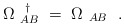
\begin{align*}\Omega^{~~\dagger}_{~AB} ~=~ \Omega_{~AB}~~.\end{align*}